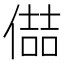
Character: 𪝦